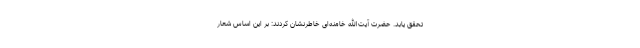
تحقق یابد. حضرت آیت‌الله خامنه‌ای خاطرنشان کردند: بر این اساس شعار